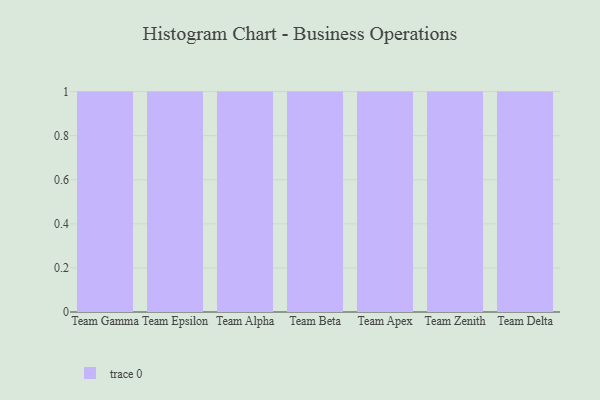
{"axis": {"x": "Team", "y": "Market Share (%)"}, "legend": [""], "data": [{"x": "Team Gamma", "y": 33, "type": ""}, {"x": "Team Epsilon", "y": 64, "type": ""}, {"x": "Team Alpha", "y": 65, "type": ""}, {"x": "Team Beta", "y": 29, "type": ""}, {"x": "Team Apex", "y": 41, "type": ""}, {"x": "Team Zenith", "y": 1, "type": ""}, {"x": "Team Delta", "y": 95, "type": ""}]}